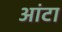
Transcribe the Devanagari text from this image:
आंटा